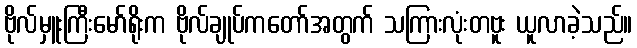
ဗိုလ်မှူးကြီးမော်ရိုးက ဗိုလ်ချုပ်ကတော်အတွက် သကြားလုံးတဗူး ယူလာခဲ့သည်။